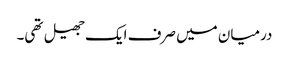
درمیان میں صرف ایک جھیل تھی۔